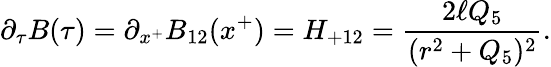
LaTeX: \partial_{\tau}B(\tau)=\partial_{x^{+}}B_{12}(x^{+})=H_{+12}={\frac{2\ell Q_{5}}{(r^{2}+Q_{5})^{2}}}.